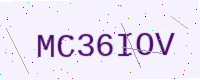
Text: MC36IOV